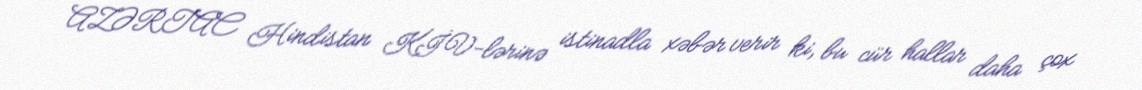
AZƏRTAC Hindistan KİV-lərinə istinadla xəbər verir ki, bu cür hallar daha çox